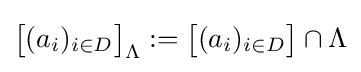
{\big [}(a_{i})_{i\in D}{\big ]}_{\Lambda }:={\big [}(a_{i})_{i\in D}{\big ]}\cap \Lambda